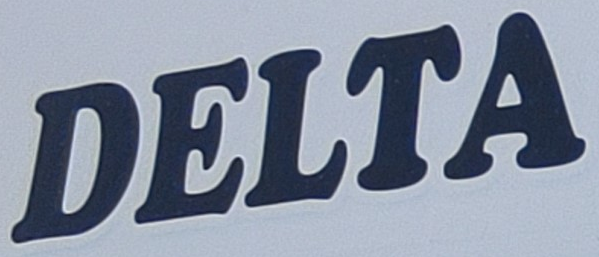
DELTA